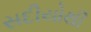
સદીયોથી